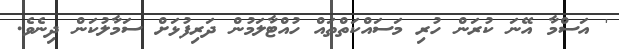
' އަސްމާ އޭނަ ކުރަން ހުރި މަސައްކަތްތައް ހުއްޓާލަމުން ދަރިފުޅަށް ސަމާލުކަން ދިނެވެ.